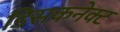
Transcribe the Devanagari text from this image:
डिसकनेक्ट